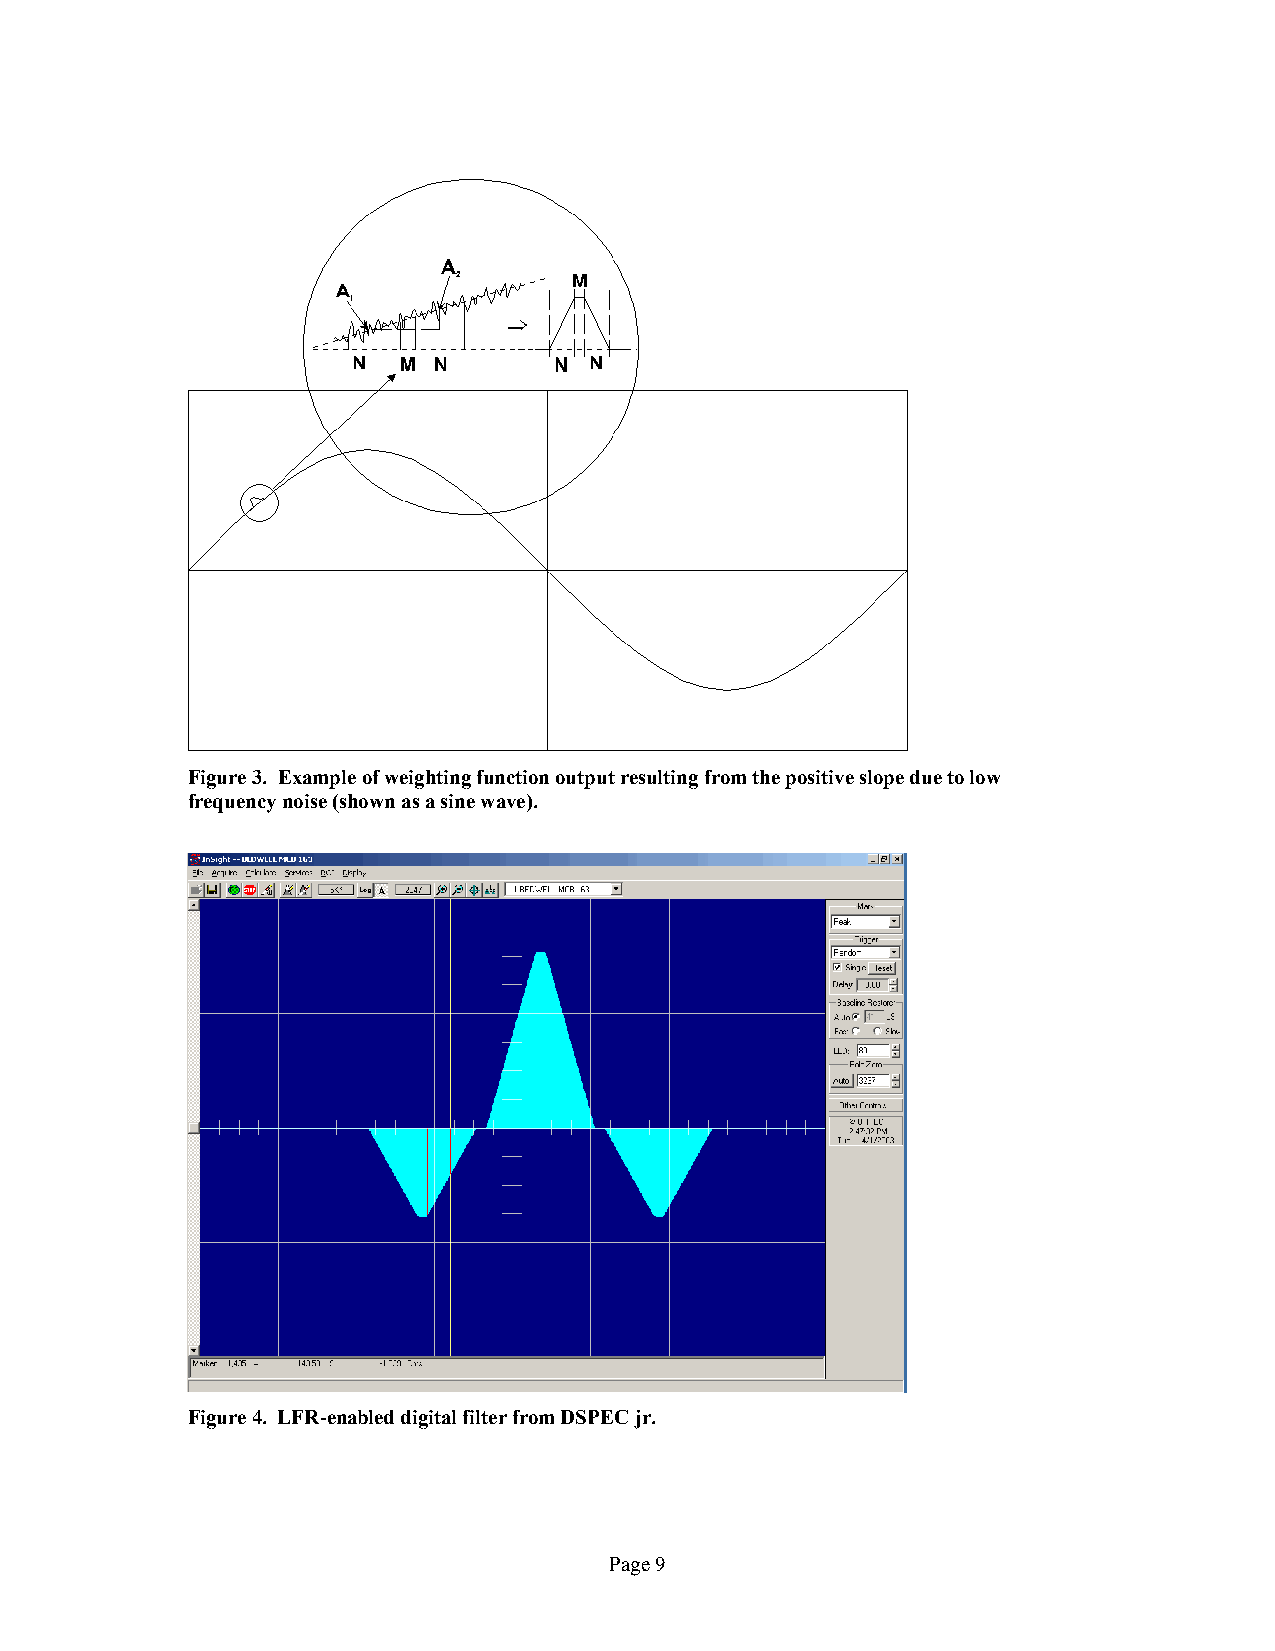
Figure 3. Example of weighting function output resulting from the positive slope due to low
 frequency noise (shown as a sine wave).
 Figure 4. LFR-enabled digital filter from DSPEC jr.
 Page 9